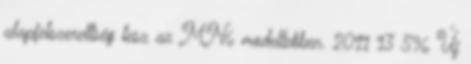
alapfelszereltség lesz az MN6 modellekben. 2011 13 596 Új